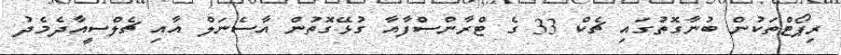
ރިޕޯޓްތަކުން ބުނާގޮތުގައި ޗެކް 33 ގެ ޓްރާންސްފާއާ ގުޅޭގޮތުން އާސެނަލް އާއި ޗެލްސީއާދެމެދު